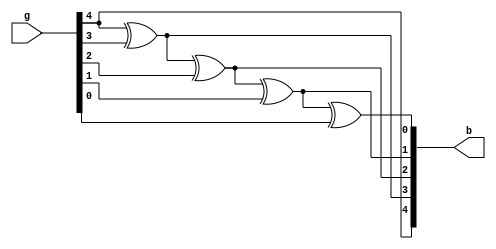
module g2b_nbit#(parameter n = 5)(output [n-1:0]b, input [n-1:0]g );

assign b[n-1] = g[n-1];
genvar i;
	for(i=n-2; i>=0; i=i-1)
	begin: Gray_to_Binary
		assign b[i] = b[i+1] ^ g[i];
	end

endmodule